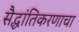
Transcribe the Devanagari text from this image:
सैद्धांतिकरणाचा